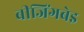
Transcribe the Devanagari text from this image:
बीजिंगबेइ